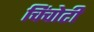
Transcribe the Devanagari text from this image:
चिंचोटी